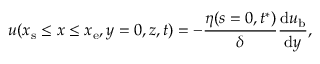
u ( x _ { \mathrm { s } } \le x \le x _ { \mathrm { e } } , y = 0 , z , t ) = - \frac { \eta ( s = 0 , t ^ { * } ) } { \delta } \frac { \mathrm { d } u _ { \mathrm { b } } } { \mathrm { d } y } ,